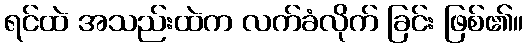
ရင်ထဲ အသည်းထဲက လက်ခံလိုက် ခြင်း ဖြစ်၏။